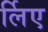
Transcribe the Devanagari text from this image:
र्लिए